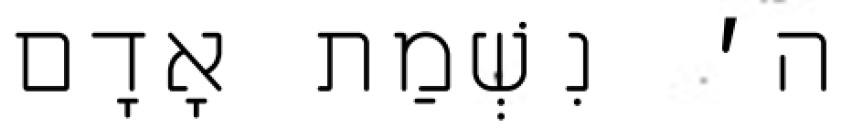
ה׳ נִשְׁמַת אָדָם